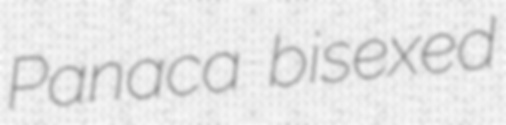
Panaca bisexed